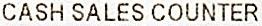
CASH SALES COUNTER